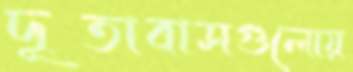
দূতাবাসগুলোয়